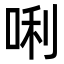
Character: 唎